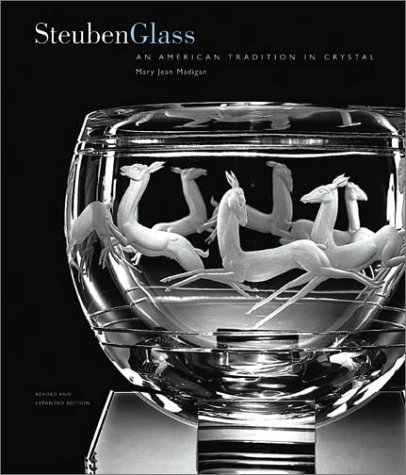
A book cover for Steuben Glass: An American Tradition in Crystal; Mary Jean Madigan; Crafts, Hobbies & Home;